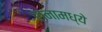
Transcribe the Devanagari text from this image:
रानामध्ये